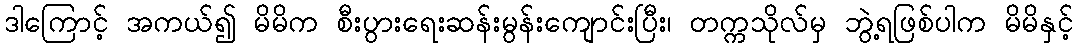
ဒါကြောင့် အကယ်၍ မိမိက စီးပွားရေးဆန်းမွန်းကျောင်းပြီး၊ တက္ကသိုလ်မှ ဘွဲ့ရဖြစ်ပါက မိမိနှင့်